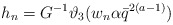
\begin{align*}h_n=G^{-1}\vartheta_3(w_n\alpha \bar q ^{2(a-1)})\end{align*}